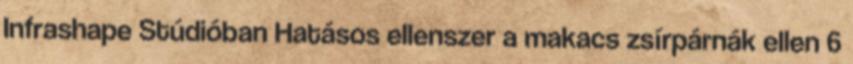
Infrashape Stúdióban Hatásos ellenszer a makacs zsírpárnák ellen 6